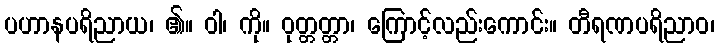
ပဟာနပရိညာယ၊ ၏။ ဝါ၊ ကို။ ဝုတ္တတ္တာ၊ ကြောင့်လည်းကောင်း။ တီရဏပရိညာဝ၊